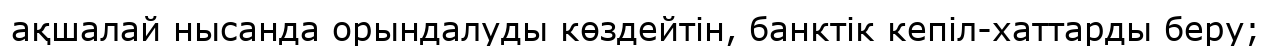
ақшалай нысанда орындалуды көздейтін, банктік кепіл-хаттарды беру;